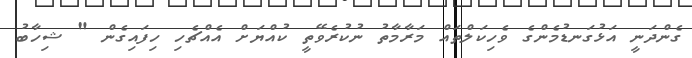
ގެންދަނީ އަޅުގަނޑުމެންގެ ވެހިކަލްތައް މަރާމާތު ނުކުރެވޭތީ ކުއްޔަށް އެއްޗެހި ހިފައިގެން " ޝިހާބު